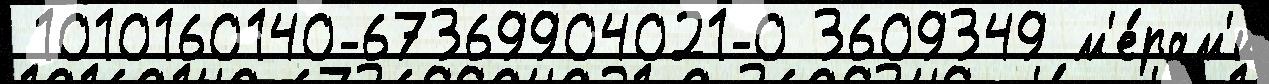
 1010160140-67369904021-0 3609349 м'е́рам'и